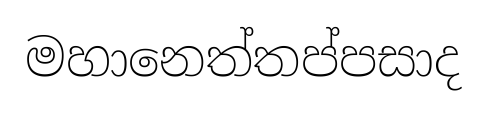
මහානෙත්තප්පසාද